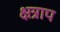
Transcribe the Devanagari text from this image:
क्षत्राप